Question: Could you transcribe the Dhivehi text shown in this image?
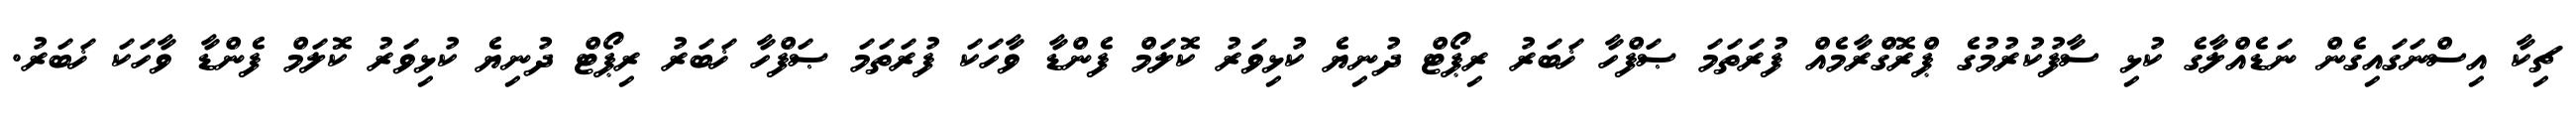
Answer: ޗިކާ އިސްނަގައިގެން ނަޑެއްލާގެ ކުޅި ސާފުކުރުމުގެ ޕްރޮގްރާމެއް ފުރަތަމަ ޞަފްހާ ޚަބަރު ރިޕޯޓް ދުނިޔެ ކުޅިވަރު ކޮލަމް ފެންޑާ ވާހަކަ ފުރަތަމަ ޞަފްހާ ޚަބަރު ރިޕޯޓް ދުނިޔެ ކުޅިވަރު ކޮލަމް ފެންޑާ ވާހަކަ ޚަބަރު.